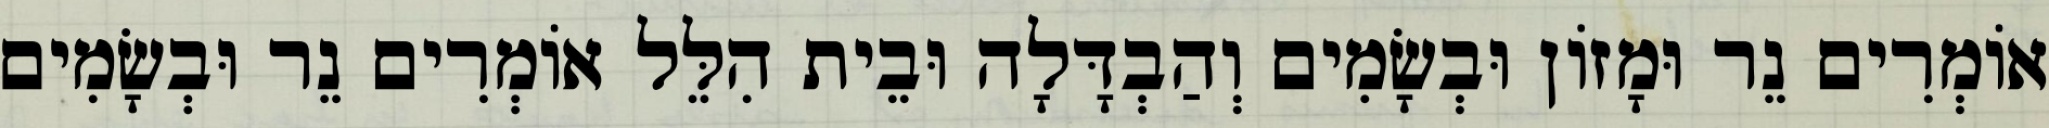
אוֹמְרִים נֵר וּמָזוֹן וּבְשָׂמִים וְהַבְדָּלָה וּבֵית הִלֵּל אוֹמְרִים נֵר וּבְשָׂמִים